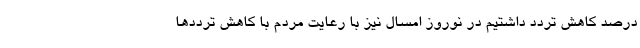
درصد کاهش تردد داشتیم در نوروز امسال نیز با رعایت مردم با کاهش ترددها